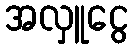
အလှူငွေ